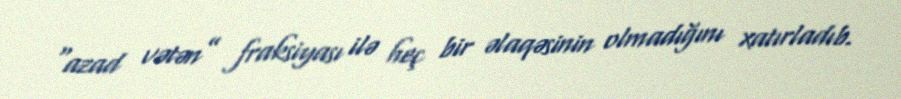
“azad vətən” fraksiyası ilə heç bir əlaqəsinin olmadığını xatırladıb.